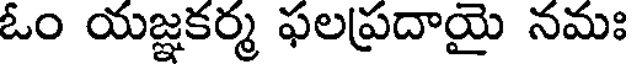
ఓం యజ్ఞకర్మ ఫలప్రదాయై నమః